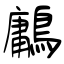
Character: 鷛